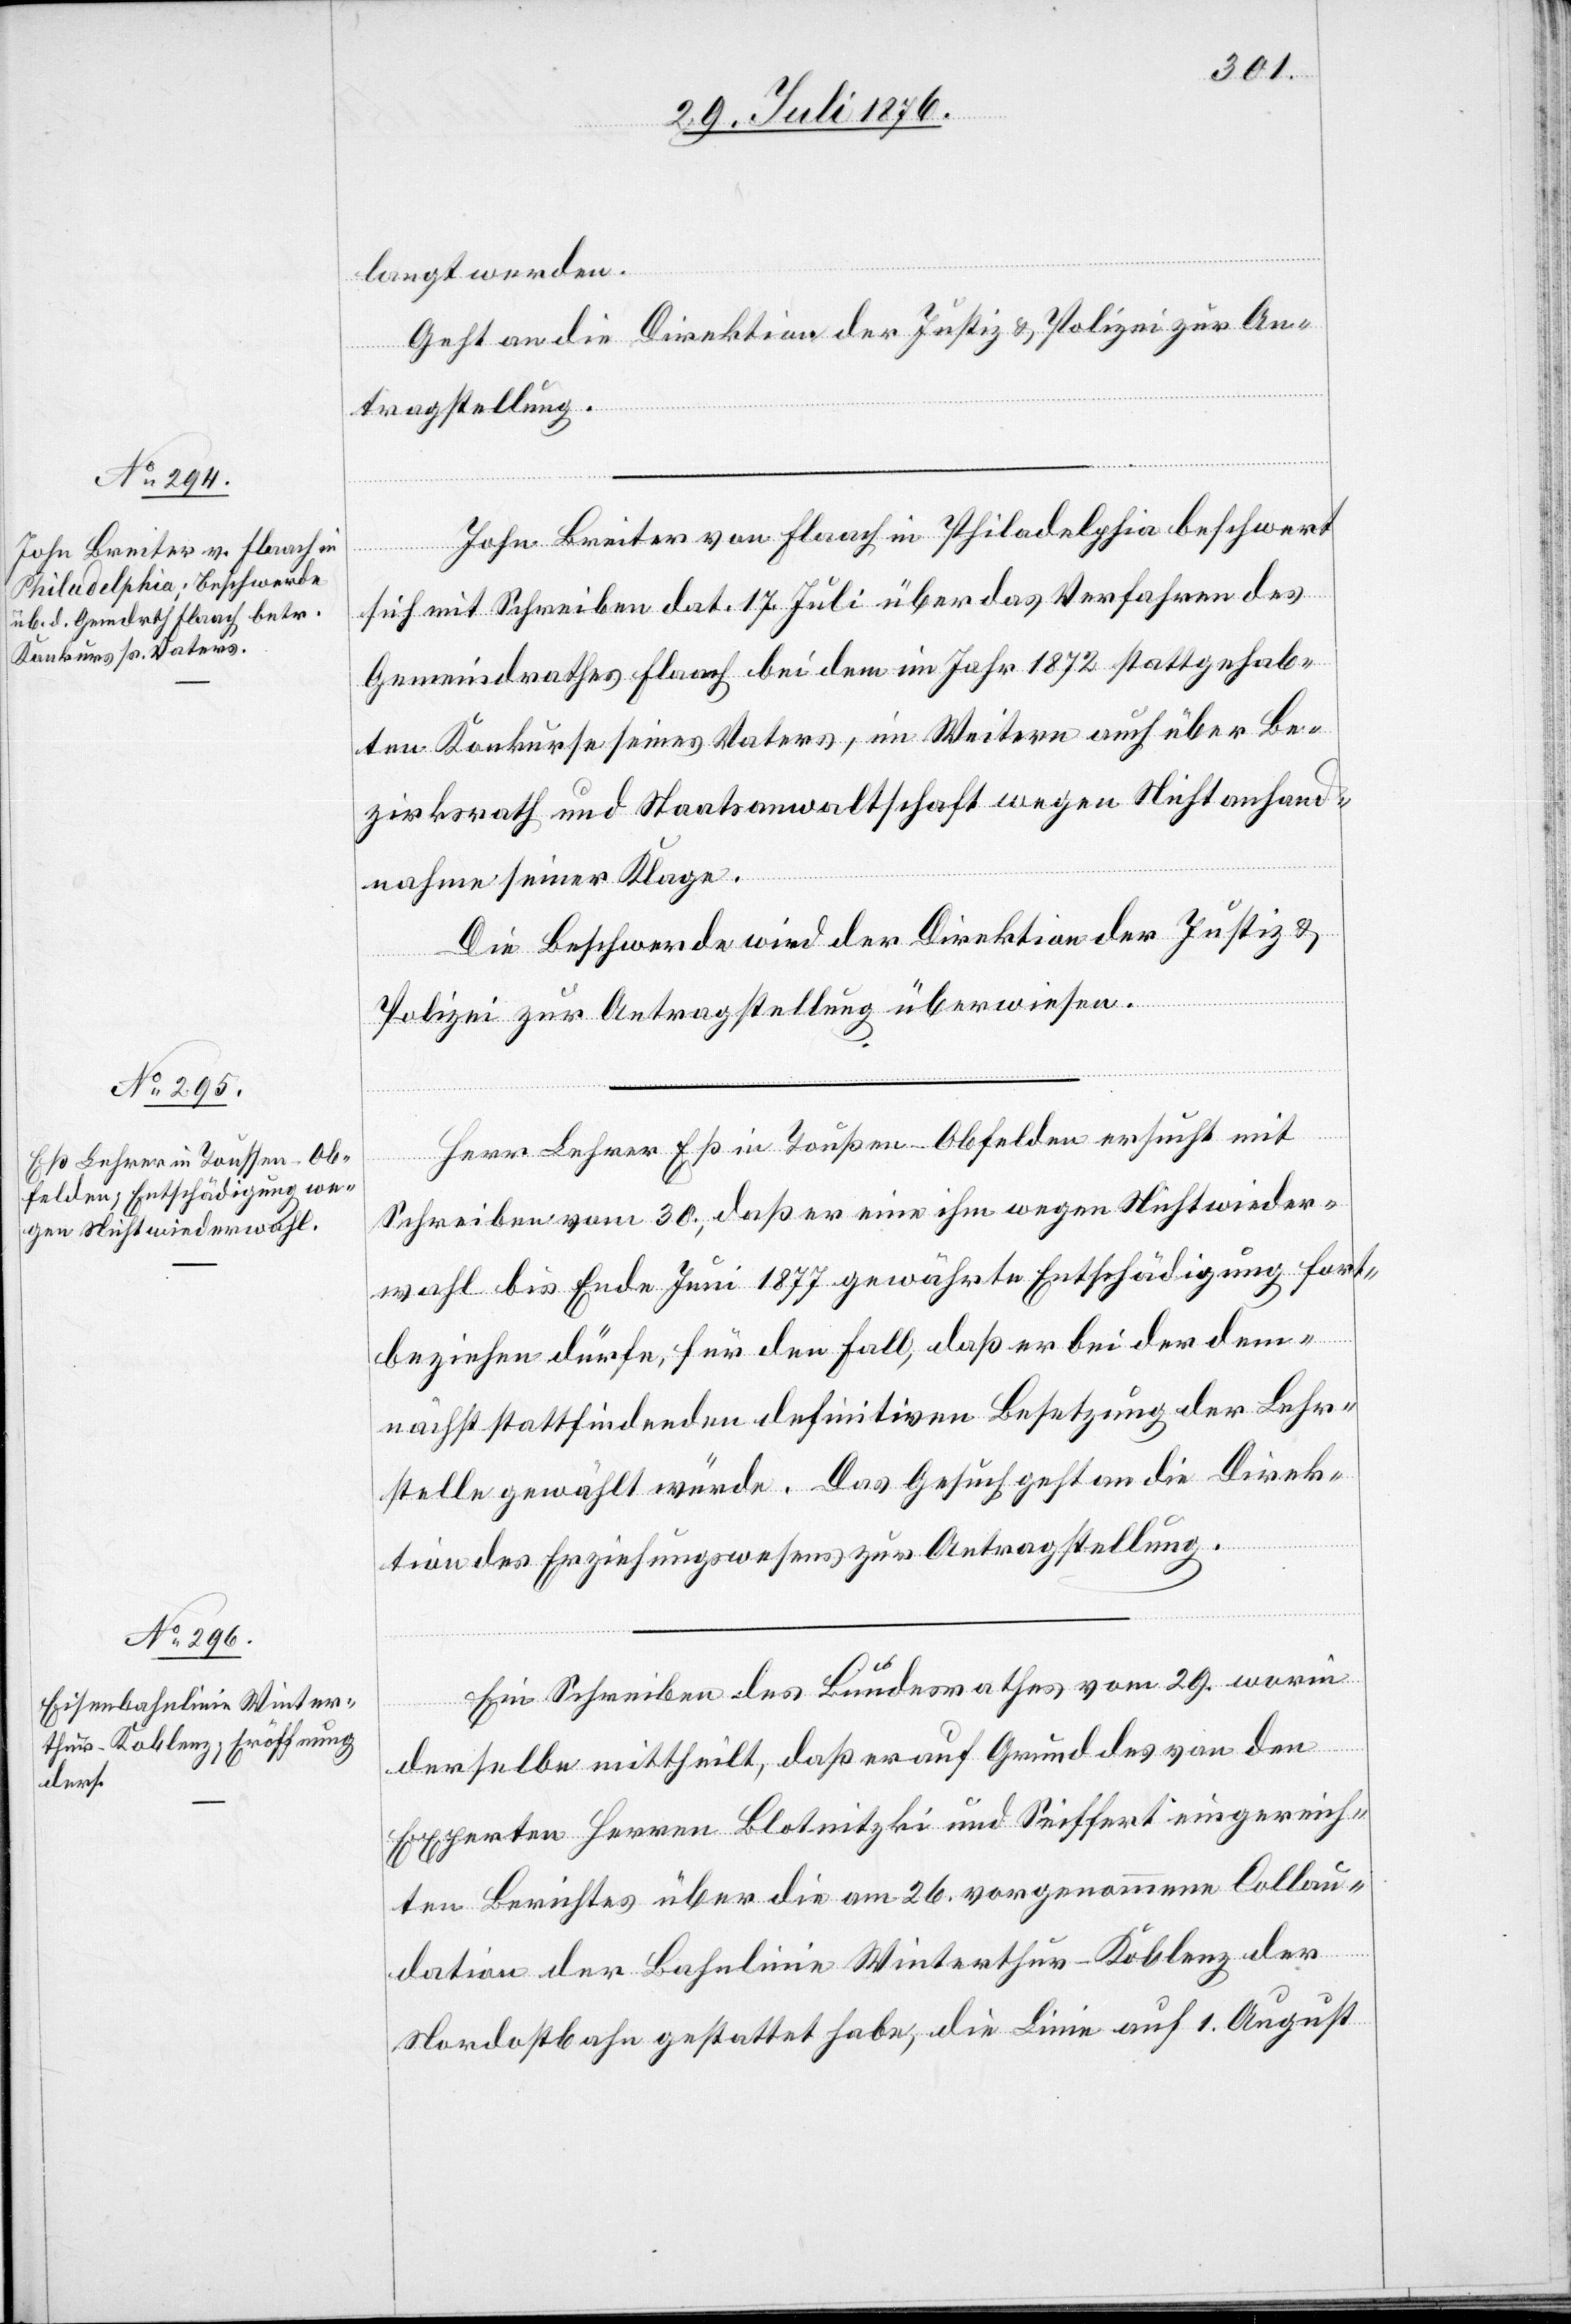
30. Juli 1876.]
langt werden.
Geht an die Direktion der Justiz & Polizei zur An¬
tragstellung.
John Breiter von Flaach in Philadelphia beschwert
sich mit Schreiben dat. 17. Juli über das Verfahren des
Gemeindrathes Flaach bei dem im Jahr 1872 stattgehab¬
ten Konkurse seines Vaters, im Weitern auch über Be¬
zirksrath und Staatsanwaltschaft wegen Nichtanhand¬
nahme seiner Klage.
Die Beschwerde wird der Direktion der Justiz &
Polizei zur Antragstellung überwiesen.
Herr Lehrer Eß in Toußen - Obfelden ersucht mit
Schreiben vom 30., daß er eine ihm wegen Nichtwieder¬
wahl bis Ende Juni 1877 gewährte Entschädigung fort¬
beziehen dürfe, für den Fall, das er bei der dem¬
nächst stattfindenden definitiven Besetzung der Lehr¬
stelle gewählt würde. Das Gesuch geht an die Direk¬
tion des Erziehungswesens zur Antragstellung.
Ein Schreiben des Bundesrathes vom 29. worin
derselbe mittheilt, daß er auf Grund des von den
Experten Herren Blotmitzki und Seiffert eingereich¬
ten Berichtes über die am 26. vorgenommene Collau¬
dation der Bahnlinie Winterthur–Koblenz der
Nordostbahn gestattet habe, die Linie auf 1. August